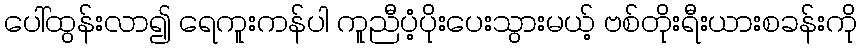
ပေါ်ထွန်းလာ၍ ရေကူးကန်ပါ ကူညီပံ့ပိုးပေးသွားမယ့် ဗစ်တိုးရီးယားစခန်းကို